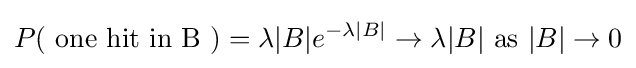
P({\text{ one hit in B }})=\lambda |B|e^{-\lambda |B|}\rightarrow \lambda |B|{\text{ as }}|B|\rightarrow 0